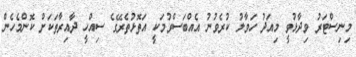
މިނިސްޓަރު ވިދާޅުވީ މިއަދު ހަވާލު ކުރެވުނު އެއްބަސްވުމަކީ އަތޮޅުތެރޭގެ ސިއްހީ ދާއިރާތަކަށް ކޮންމެހެން